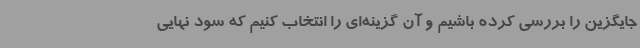
جایگزین را بررسی کرده باشیم و آن گزینه‌ای را انتخاب کنیم که سود نهایی